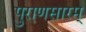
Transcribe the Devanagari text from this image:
पुराणसारम्